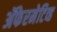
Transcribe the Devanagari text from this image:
ॲफेरमेटिव्ह